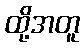
ထို့အတူ